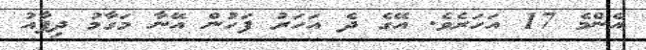
އެންމެ 17 އަހަރެވެ. އޭގެ ދެ އަހަރު ފަހުން އޭނާ މަގާމު ދިފާއު